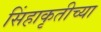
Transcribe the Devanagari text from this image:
सिंहाकृतीच्या